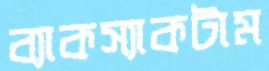
ব্যাকস্যাকটাম